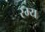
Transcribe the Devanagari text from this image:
रम्‍य